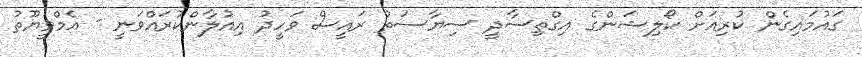
ގައުމައިގެން ކުރިއަށް ކޯލިޝަންގެ އިގްތިސާދީ ސިޔާސަތު ރައީސް ވަހީދު އިއުލާންކުރައްވަނީ - އެމްވީޔޫތު